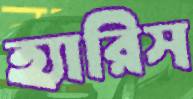
হ্যারিস